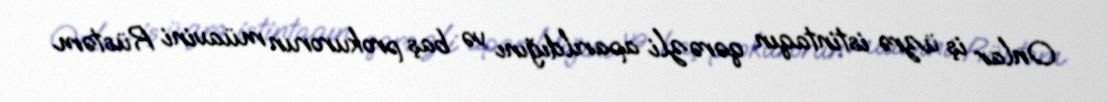
Onlar iş üzrə istintaqın qərəzli aparıldığını və baş prokurorun müavini Rüstəm